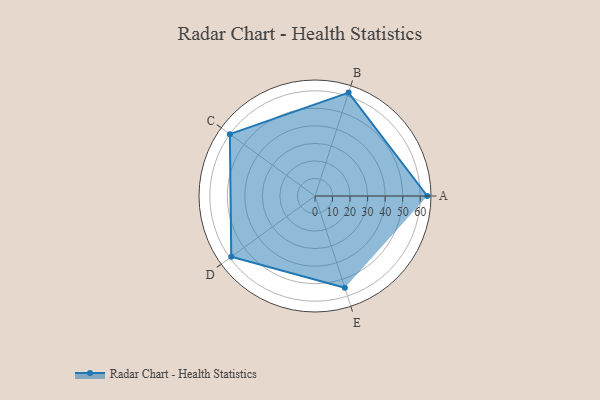
{"axis": {"x": "Skill", "y": "Score"}, "legend": ["Profile"], "data": [{"x": "A", "y": 64.0, "type": "Profile"}, {"x": "B", "y": 62.0, "type": "Profile"}, {"x": "C", "y": 60.0, "type": "Profile"}, {"x": "D", "y": 59.0, "type": "Profile"}, {"x": "E", "y": 55.0, "type": "Profile"}]}